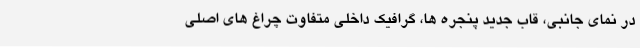
در نمای جانبی، قاب جدید پنجره ها، گرافیک داخلی متفاوت چراغ های اصلی